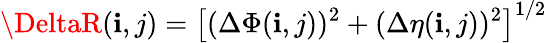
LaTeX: \DeltaR(\mathbf{i},j)=\left[(\Delta\Phi(\mathbf{i},j))^{2}+(\Delta\eta(\mathbf{i},j))^{2}\right]^{1/2}